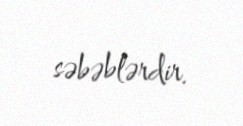
səbəblərdir.